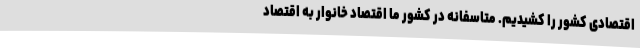
اقتصادی کشور را کشیدیم. متاسفانه در کشور ما اقتصاد خانوار به اقتصاد